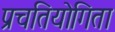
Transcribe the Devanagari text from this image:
प्रचतियोगिता